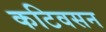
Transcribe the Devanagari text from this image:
कटिवसन